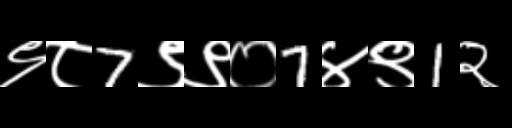
Text: ९८7९९०7४९1२